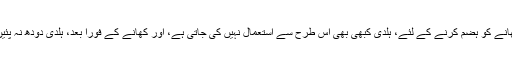
کھانے کو ہضم کرنے کے لئے، ہلدی کبھی بھی اس طرح سے استعمال نہیں کی جاتی ہے، اور کھانے کے فورًا بعد، ہلدی دودھ نہ پئیں ۔